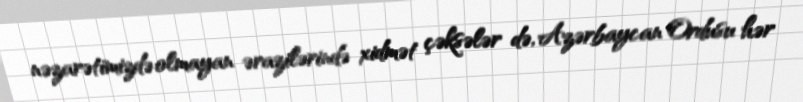
nəzarətimizdə olmayan ərazilərində xidmət çəksələr də, Azərbaycan Ordusu hər